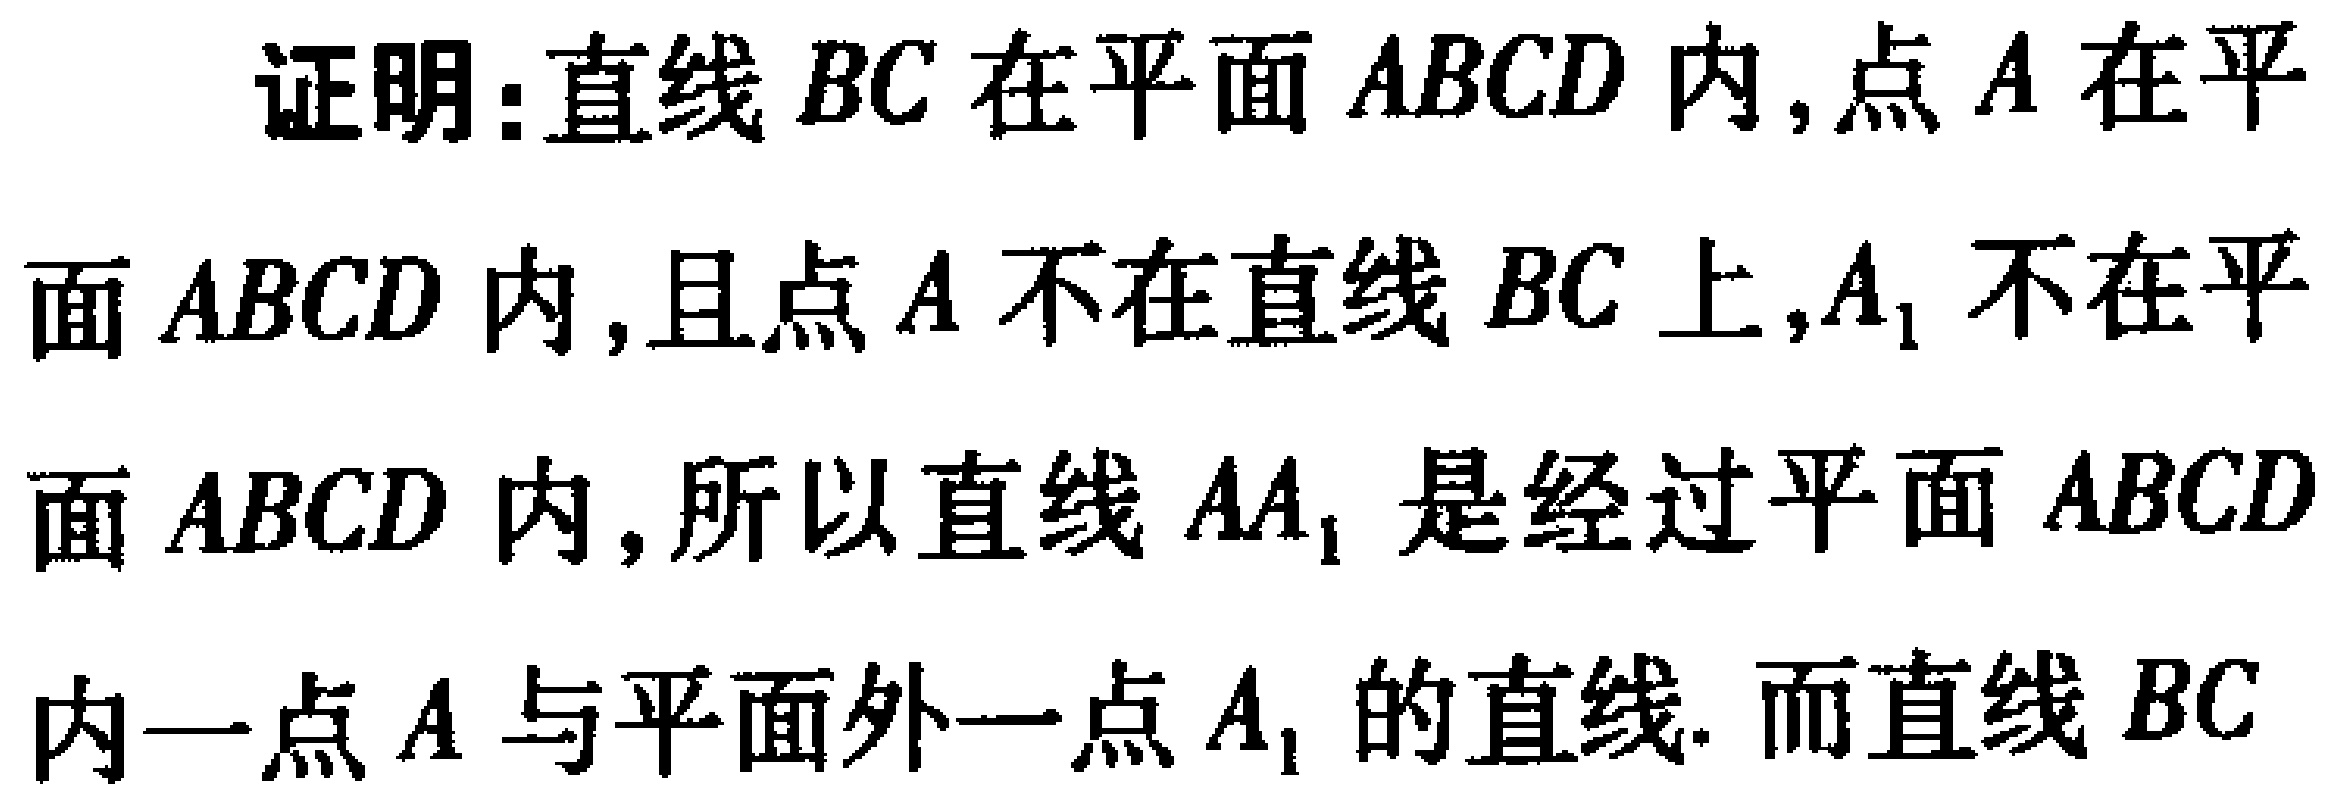
证明：直线 \(BC\) 在平面 \(ABCD\) 内,点 \(A\) 在平
面 \(ABCD\) 内,且点 \(A\) 不在直线 \(BC\) 上,\(A_1\) 不在平
面 \(ABCD\) 内,所以直线 \(AA_1\) 是经过平面 \(ABCD\)
内一点 \(A\) 与平面外一点 \(A_1\) 的直线. 而直线 \(BC\)